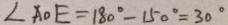
\angle A O E = 1 8 0 ^ { \circ } - 1 5 0 ^ { \circ } = 3 0 ^ { \circ }